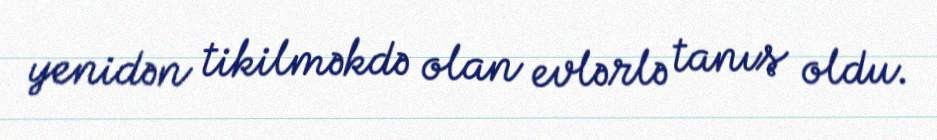
yenidən tikilməkdə olan evlərlə tanış oldu.